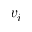
v _ { i }